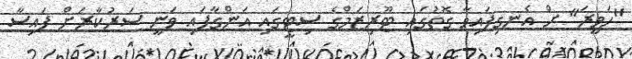
"ހަވީރަ" ށް އެނގިފައިވާ ގޮތުގައި ޓޫރިޒަމްގެ ސިޓީގައި އަންގާފައި ވަނީ ސަރުކާރަށް ފައިސާ